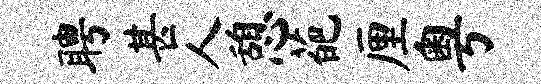
聘甚人憩葩厘粤